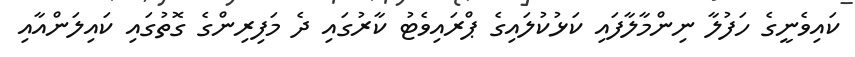
ކައިވެނީގެ ހަފުލާ ނިންމާލާފައި ކަޅުކުލައިގެ ޕްރައިވެޓު ކާރުގައި ދެ މަފިރިންގެ ގޮތުގައި ކައިލަންއާއި